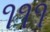
૧૧૧